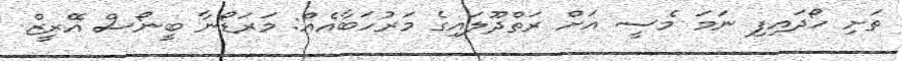
ތަށި ހޯދައިފި ނަމަ މެސީ އަށް ރަތްދޫލައިގެ މަރުހަބާއެއް: މަރަޑޯނާ ބީނޯސް އޭރީޒް